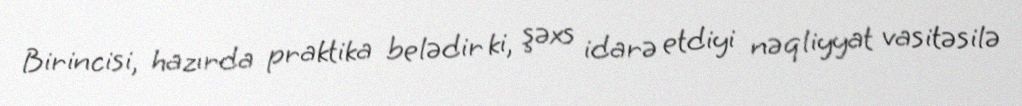
Birincisi, hazırda praktika belədir ki, şəxs idarə etdiyi nəqliyyat vasitəsilə